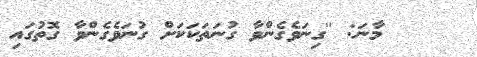
މާނަ: ''ގިނަވެގެންވާ ގުނަތަކަކަށް ގުނަވެގެންވާ ގޮތުގައި